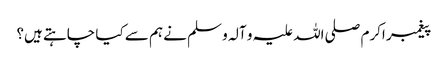
پیغمبر اکرم صلی اللہ علیہ و آلہ و سلم نے ہم سے کیا چاہتے ہیں؟